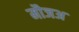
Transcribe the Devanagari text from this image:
मौजअ